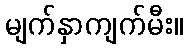
မျက်နှာကျက်မီး။